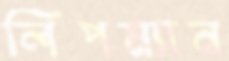
লিপম্যান